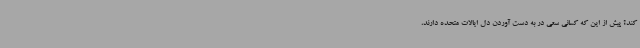
کند؟ پیش از این که کسانی سعی در به دست آوردن دل ایالات متحده دارند،